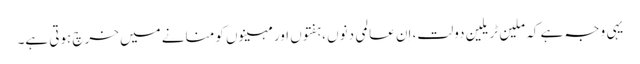
یہی وجہ ہے کہ ملین ٹریلین دولت، اِن عالمی دنوں ،ہفتوں اور مہینوں کو منانے میں خرچ ہوتی ہے۔